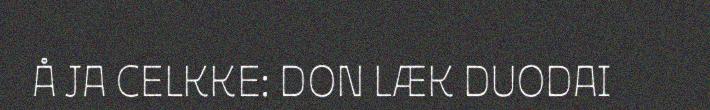
Å JA CELKKE: DON LÆK DUODAI